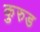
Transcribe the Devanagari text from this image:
कुरुड